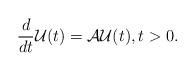
LaTeX: \begin{align*} \frac{d}{dt} \mathcal{U}(t) = \mathcal{A} \mathcal{U}(t), t > 0.\end{align*}